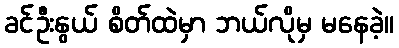
ခင်ဦးနွယ် စိတ်ထဲမှာ ဘယ်လိုမှ မနေခဲ့။